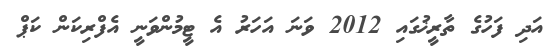
އަދި ފަހުގެ ތާރީޚުގައި 2012 ވަނަ އަހަރު އެ ޓީމުންވަނީ އެފްރިކަން ކަޕް